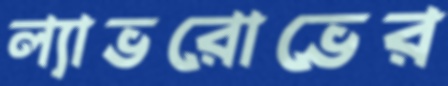
ল্যাভরোভের